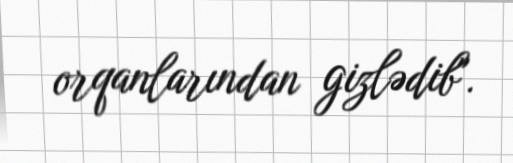
orqanlarından gizlədib".